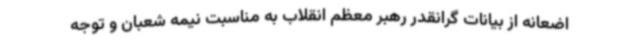
اضعانه از بیانات گرانقدر رهبر معظم انقلاب به مناسبت نیمه شعبان و توجه